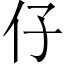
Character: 仔